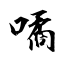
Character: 噊